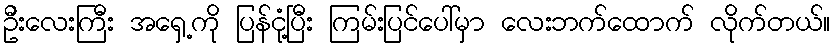
ဦးလေးကြီး အရှေ့ကို ပြန်ငုံ့ပြီး ကြမ်းပြင်ပေါ်မှာ လေးဘက်ထောက် လိုက်တယ်။